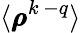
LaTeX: \langle\pmb{\rho}^{k\, -q}\rangle